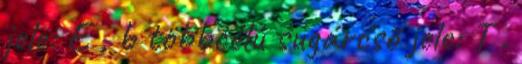
jele: E , b többcélú sugárcsõ jele: T .